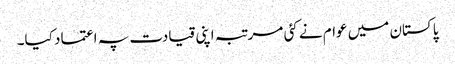
پاکستان میں عوام نے کئی مرتبہ اپنی قیادت پہ اعتماد کیا۔